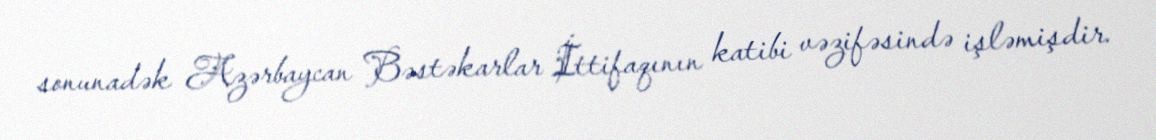
sonunadək Azərbaycan Bəstəkarlar İttifaqının katibi vəzifəsində işləmişdir.